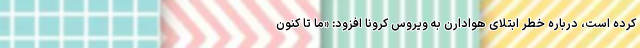
کرده است، درباره خطر ابتلای هوادارن به ویروس کرونا افزود: «ما تا کنون